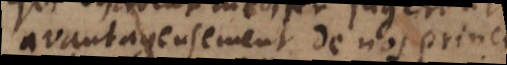
avantageusement de nos principes